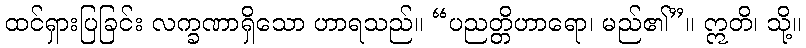
ထင်ရှားပြခြင်း လက္ခဏာရှိသော ဟာရသည်။ “ပညတ္တိဟာရော၊ မည်၏”။ ဣတိ၊ သို့။